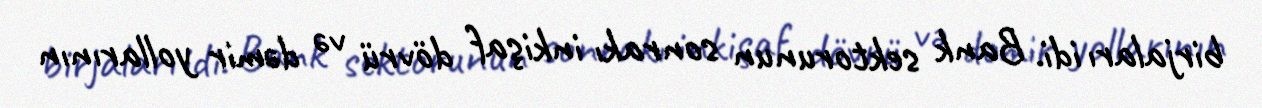
birjaları idi. Bank sektorunun sonrakı inkişaf dövrü və dəmir yollarının